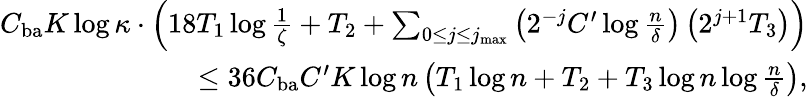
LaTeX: \begin{array}{r}{C_{\textup{ba}}K\log\kappa\cdot\left(18T_{1}\log\frac 1\zeta+T_{2}+\sum_{0\le j\le j_{\operatorname*{max}}}\left(2^{-j}C^{\prime}\log\frac n\delta\right)\left(2^{j+1}T_{3}\right)\right)}\\ {\le 36C_{\textup{ba}}C^{\prime}K\log n\left(T_{1}\log n+T_{2}+T_{3}\log n\log\frac n\delta\right),}\end{array}